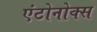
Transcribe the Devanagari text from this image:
एंटोनोक्स